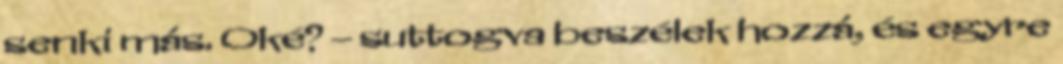
senki más. Oké? – suttogva beszélek hozzá, és egyre